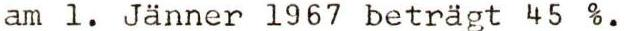
am 1. Jänner 1967 beträgt 45 %.